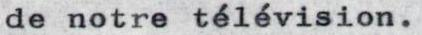
de notre télévision.